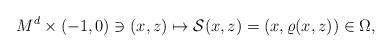
LaTeX: \begin{align*}M^d\times (-1, 0)\ni (x, z)\mapsto \mathcal{S}(x, z)=(x, \varrho(x, z))\in \Omega,\end{align*}